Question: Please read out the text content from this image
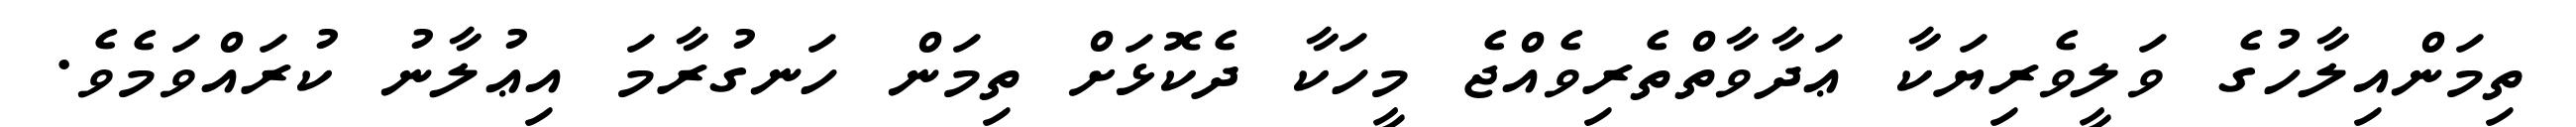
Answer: ތިމަންއިލާހުގެ ވަލީވެރިޔަކާ ޢަދާވާތްތެރިވެއްޖެ މީހަކާ ދެކޮޅަށް ތިމަން ހަނގުރާމަ އިޢުލާނު ކުރައްވަމެވެ.